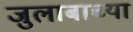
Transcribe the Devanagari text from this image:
जुलाबाच्या